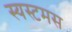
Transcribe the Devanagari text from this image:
स्यस्टमस